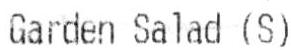
GARDEN SALAD (S)